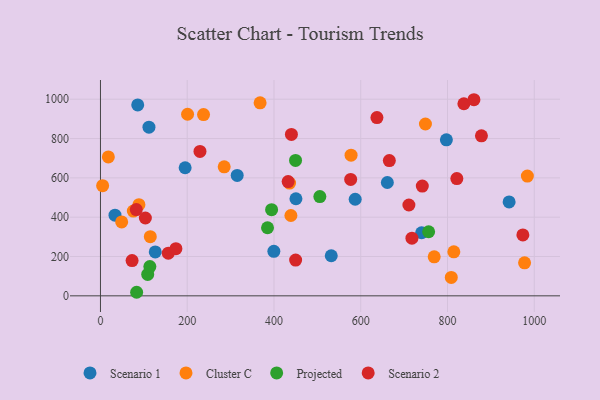
{"axis": {"x": "Ad Spend", "y": "Demand"}, "legend": ["Cluster C", "Projected", "Scenario 1", "Scenario 2"], "data": [{"x": "195.2", "y": 651.6, "type": "Scenario 1"}, {"x": "85.9", "y": 971.0, "type": "Scenario 1"}, {"x": "450.6", "y": 493.8, "type": "Scenario 1"}, {"x": "587.2", "y": 491.3, "type": "Scenario 1"}, {"x": "740.3", "y": 320.8, "type": "Scenario 1"}, {"x": "661.3", "y": 576.4, "type": "Scenario 1"}, {"x": "111.8", "y": 858.1, "type": "Scenario 1"}, {"x": "942.0", "y": 477.5, "type": "Scenario 1"}, {"x": "315.2", "y": 612.3, "type": "Scenario 1"}, {"x": "399.7", "y": 226.2, "type": "Scenario 1"}, {"x": "797.4", "y": 793.6, "type": "Scenario 1"}, {"x": "33.5", "y": 410.3, "type": "Scenario 1"}, {"x": "126.3", "y": 223.4, "type": "Scenario 1"}, {"x": "532.0", "y": 203.8, "type": "Scenario 1"}, {"x": "114.9", "y": 300.9, "type": "Cluster C"}, {"x": "18.2", "y": 706.4, "type": "Cluster C"}, {"x": "435.9", "y": 573.3, "type": "Cluster C"}, {"x": "577.7", "y": 715.3, "type": "Cluster C"}, {"x": "808.7", "y": 93.6, "type": "Cluster C"}, {"x": "769.3", "y": 198.3, "type": "Cluster C"}, {"x": "88.7", "y": 463.7, "type": "Cluster C"}, {"x": "237.6", "y": 921.9, "type": "Cluster C"}, {"x": "439.0", "y": 408.7, "type": "Cluster C"}, {"x": "285.2", "y": 656.4, "type": "Cluster C"}, {"x": "200.8", "y": 923.6, "type": "Cluster C"}, {"x": "749.1", "y": 874.0, "type": "Cluster C"}, {"x": "368.0", "y": 981.8, "type": "Cluster C"}, {"x": "977.6", "y": 168.0, "type": "Cluster C"}, {"x": "984.1", "y": 609.1, "type": "Cluster C"}, {"x": "75.8", "y": 431.0, "type": "Cluster C"}, {"x": "48.9", "y": 375.9, "type": "Cluster C"}, {"x": "5.0", "y": 560.3, "type": "Cluster C"}, {"x": "814.6", "y": 223.8, "type": "Cluster C"}, {"x": "449.7", "y": 688.6, "type": "Projected"}, {"x": "505.7", "y": 505.0, "type": "Projected"}, {"x": "756.5", "y": 326.0, "type": "Projected"}, {"x": "108.9", "y": 108.9, "type": "Projected"}, {"x": "394.5", "y": 438.2, "type": "Projected"}, {"x": "113.9", "y": 148.7, "type": "Projected"}, {"x": "83.4", "y": 18.1, "type": "Projected"}, {"x": "385.1", "y": 346.3, "type": "Projected"}, {"x": "637.3", "y": 906.9, "type": "Scenario 2"}, {"x": "156.4", "y": 217.0, "type": "Scenario 2"}, {"x": "432.6", "y": 581.0, "type": "Scenario 2"}, {"x": "878.2", "y": 813.9, "type": "Scenario 2"}, {"x": "229.4", "y": 734.4, "type": "Scenario 2"}, {"x": "72.9", "y": 179.3, "type": "Scenario 2"}, {"x": "711.0", "y": 462.0, "type": "Scenario 2"}, {"x": "837.7", "y": 976.9, "type": "Scenario 2"}, {"x": "173.9", "y": 240.0, "type": "Scenario 2"}, {"x": "82.6", "y": 438.9, "type": "Scenario 2"}, {"x": "440.2", "y": 821.2, "type": "Scenario 2"}, {"x": "741.9", "y": 558.1, "type": "Scenario 2"}, {"x": "103.5", "y": 395.9, "type": "Scenario 2"}, {"x": "821.5", "y": 596.3, "type": "Scenario 2"}, {"x": "860.9", "y": 997.5, "type": "Scenario 2"}, {"x": "449.9", "y": 181.8, "type": "Scenario 2"}, {"x": "718.0", "y": 293.4, "type": "Scenario 2"}, {"x": "973.7", "y": 309.8, "type": "Scenario 2"}, {"x": "665.9", "y": 688.2, "type": "Scenario 2"}, {"x": "576.8", "y": 592.0, "type": "Scenario 2"}]}